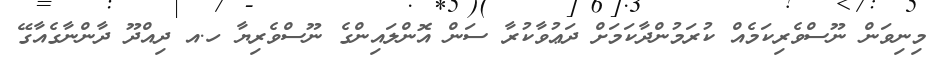
މިނިވަން ނޫސްވެރިކަމެއް ކުރަމުންދާކަމަށް ދަޢުވާކުރާ ސަން އޮންލައިންގެ ނޫސްވެރިޔާ ހ.އ ދިއްދޫ ދާންނާގެއާގޭ